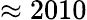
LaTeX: \approx 2010